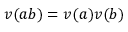
v ( a b ) = v ( a ) v ( b )